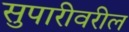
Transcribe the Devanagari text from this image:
सुपारीवरील